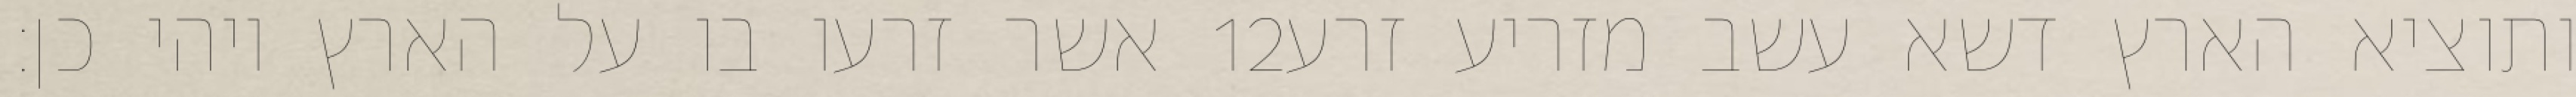
אשר זרעו בו על הארץ ויהי כן׃ ‎12‏ ותוציא הארץ דשא עשב מזריע זרע